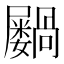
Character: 𫵭